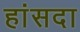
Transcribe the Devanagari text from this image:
हांसदा